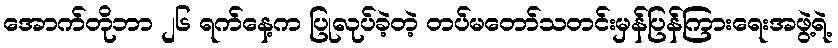
အောက်တိုဘာ ၂၆ ရက်နေ့က ပြုလုပ်ခဲ့တဲ့ တပ်မတော်သတင်းမှန်ပြန်ကြားရေးအဖွဲ့ရဲ့